Lunatic asylums Central Provinces reports 1874-1885 - 1874-1885
Year: 1874
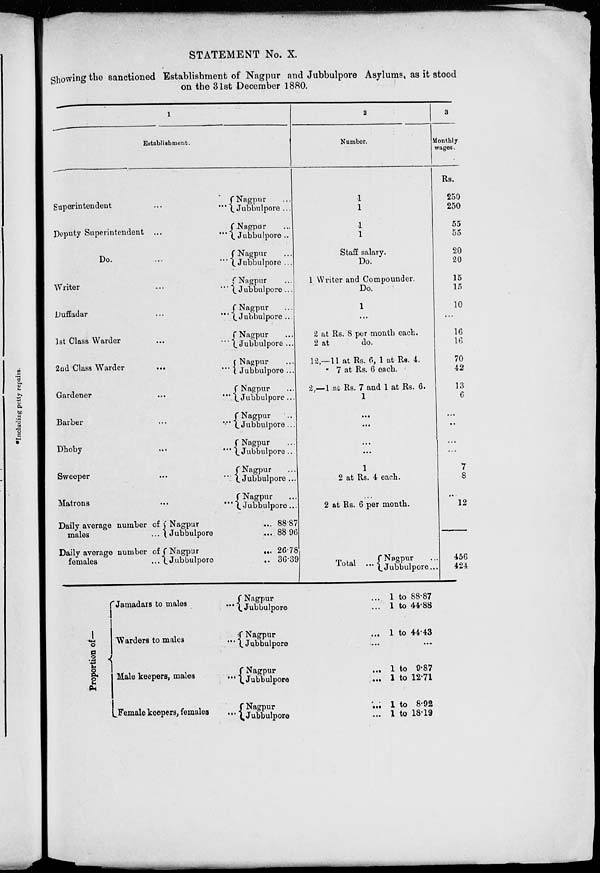
STATEMENT No. X.
Showing the sanctioned Establishment of Nagpur and Jubbulpore Asylums, as it stood
on the 31st December 1880.
1
Establishment.
Superintendent
...
...
Deputy Superintendent ...
...
Do.
...
...
Writer
...
...
Duffadar
...
...
1st Glass Warder
...
...
2nd Class Warder
...
...
Gardener
...
...
Barber
...
...
Dhoby
... ...
Sweeper
... ...
Matrons ... ...
Daily average number of
males
...
Daily average number of
females
...
Nagpur ...
Jubbulpore ...
Nagpur ...
Jubbulpore ...
Nagpur ...
Jubbulpore ...
Nagpur ...
Jubbulpore ...
Nagpur ...
Jubbulpore ...
Nagpur ...
Jubbulpore ...
Nagpur ...
Jubbulpore ...
Nagpur ...
Jubbulpore ...
Nagpur ...
Jubbulpore ...
Nagpur ...
Jubbulpore ...
Nagpur ...
Jubbulpore ...
Nagpur ...
Jubbulpore ...
Nagpur ...
Jubbulpore ...
Nagpur ...
Jubbulpore ...
88.87
88.96
26.78
36.39
2
Number.
1
1
1
1
Staff salary.
Do.
1 Writer and Compounder.
Do.
1
...
2 at Rs. 8 per month each.
2 at
do.
12,—11 at Rs. 6, 1 at Rs. 4.
7 at Rs. 6 each.
2,—1 at Rs. 7 and 1 at Rs. 6.
1
...
...
...
...
1
2 at Rs. 4 each.
...
2 at Rs, 6 per month.
Total
... Nagpur ...
Jubbulpore ...
3
Monthly
wages.
Rs.
250
250
55
55
20
20
15
15
10
...
16
16
70
42
13
6
...
...
...
...
7
8
...
12
456
424
Proportion of—
Jamadars to males ...
Warders to
males
...
Male keepers, males
...
Female keepers, females
...
Nagpur ...
Jubbulpore ...
Nagpur
...
Jubbulpore ...
Nagpur
...
Jubbulpore
...
Nagpur
...
Jubbulpore ...
1 to 88.87
1 to 44.88
1 to 44.43
...
1 to 9.87
1 to 12.71
1 to 8.92
1 to 18.19